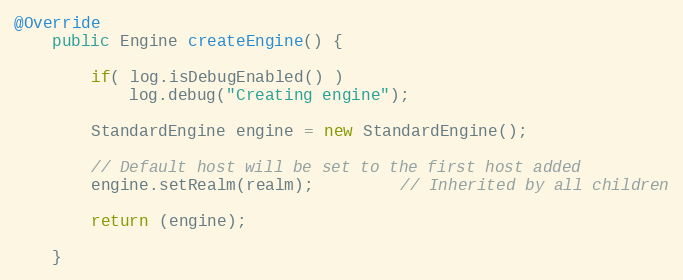
Language: Java
@Override
	public Engine createEngine() {

        if( log.isDebugEnabled() )
            log.debug("Creating engine");

        StandardEngine engine = new StandardEngine();

        // Default host will be set to the first host added
        engine.setRealm(realm);         // Inherited by all children

        return (engine);

    }